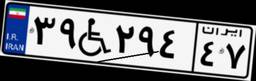
۳۹W۲۹۴۴۷